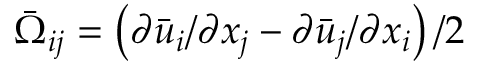
\bar { \Omega } _ { i j } = \left( \partial \bar { u } _ { i } / \partial x _ { j } - \partial \bar { u } _ { j } / \partial x _ { i } \right) / 2